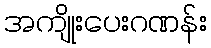
အကျိုးပေးဂဏန်း